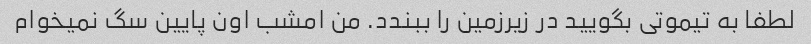
لطفا به تیموتی بگویید در زیرزمین را ببندد. من امشب اون پایین سگ نمیخوام